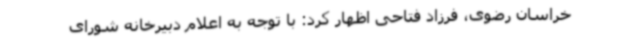
خراسان رضوی، فرزاد فتاحی اظهار کرد: با توجه به اعلام دبیرخانه شورای